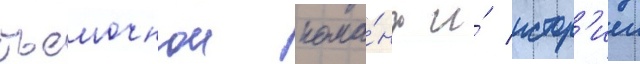
съемочнои кома́нды и́ истор'иеи